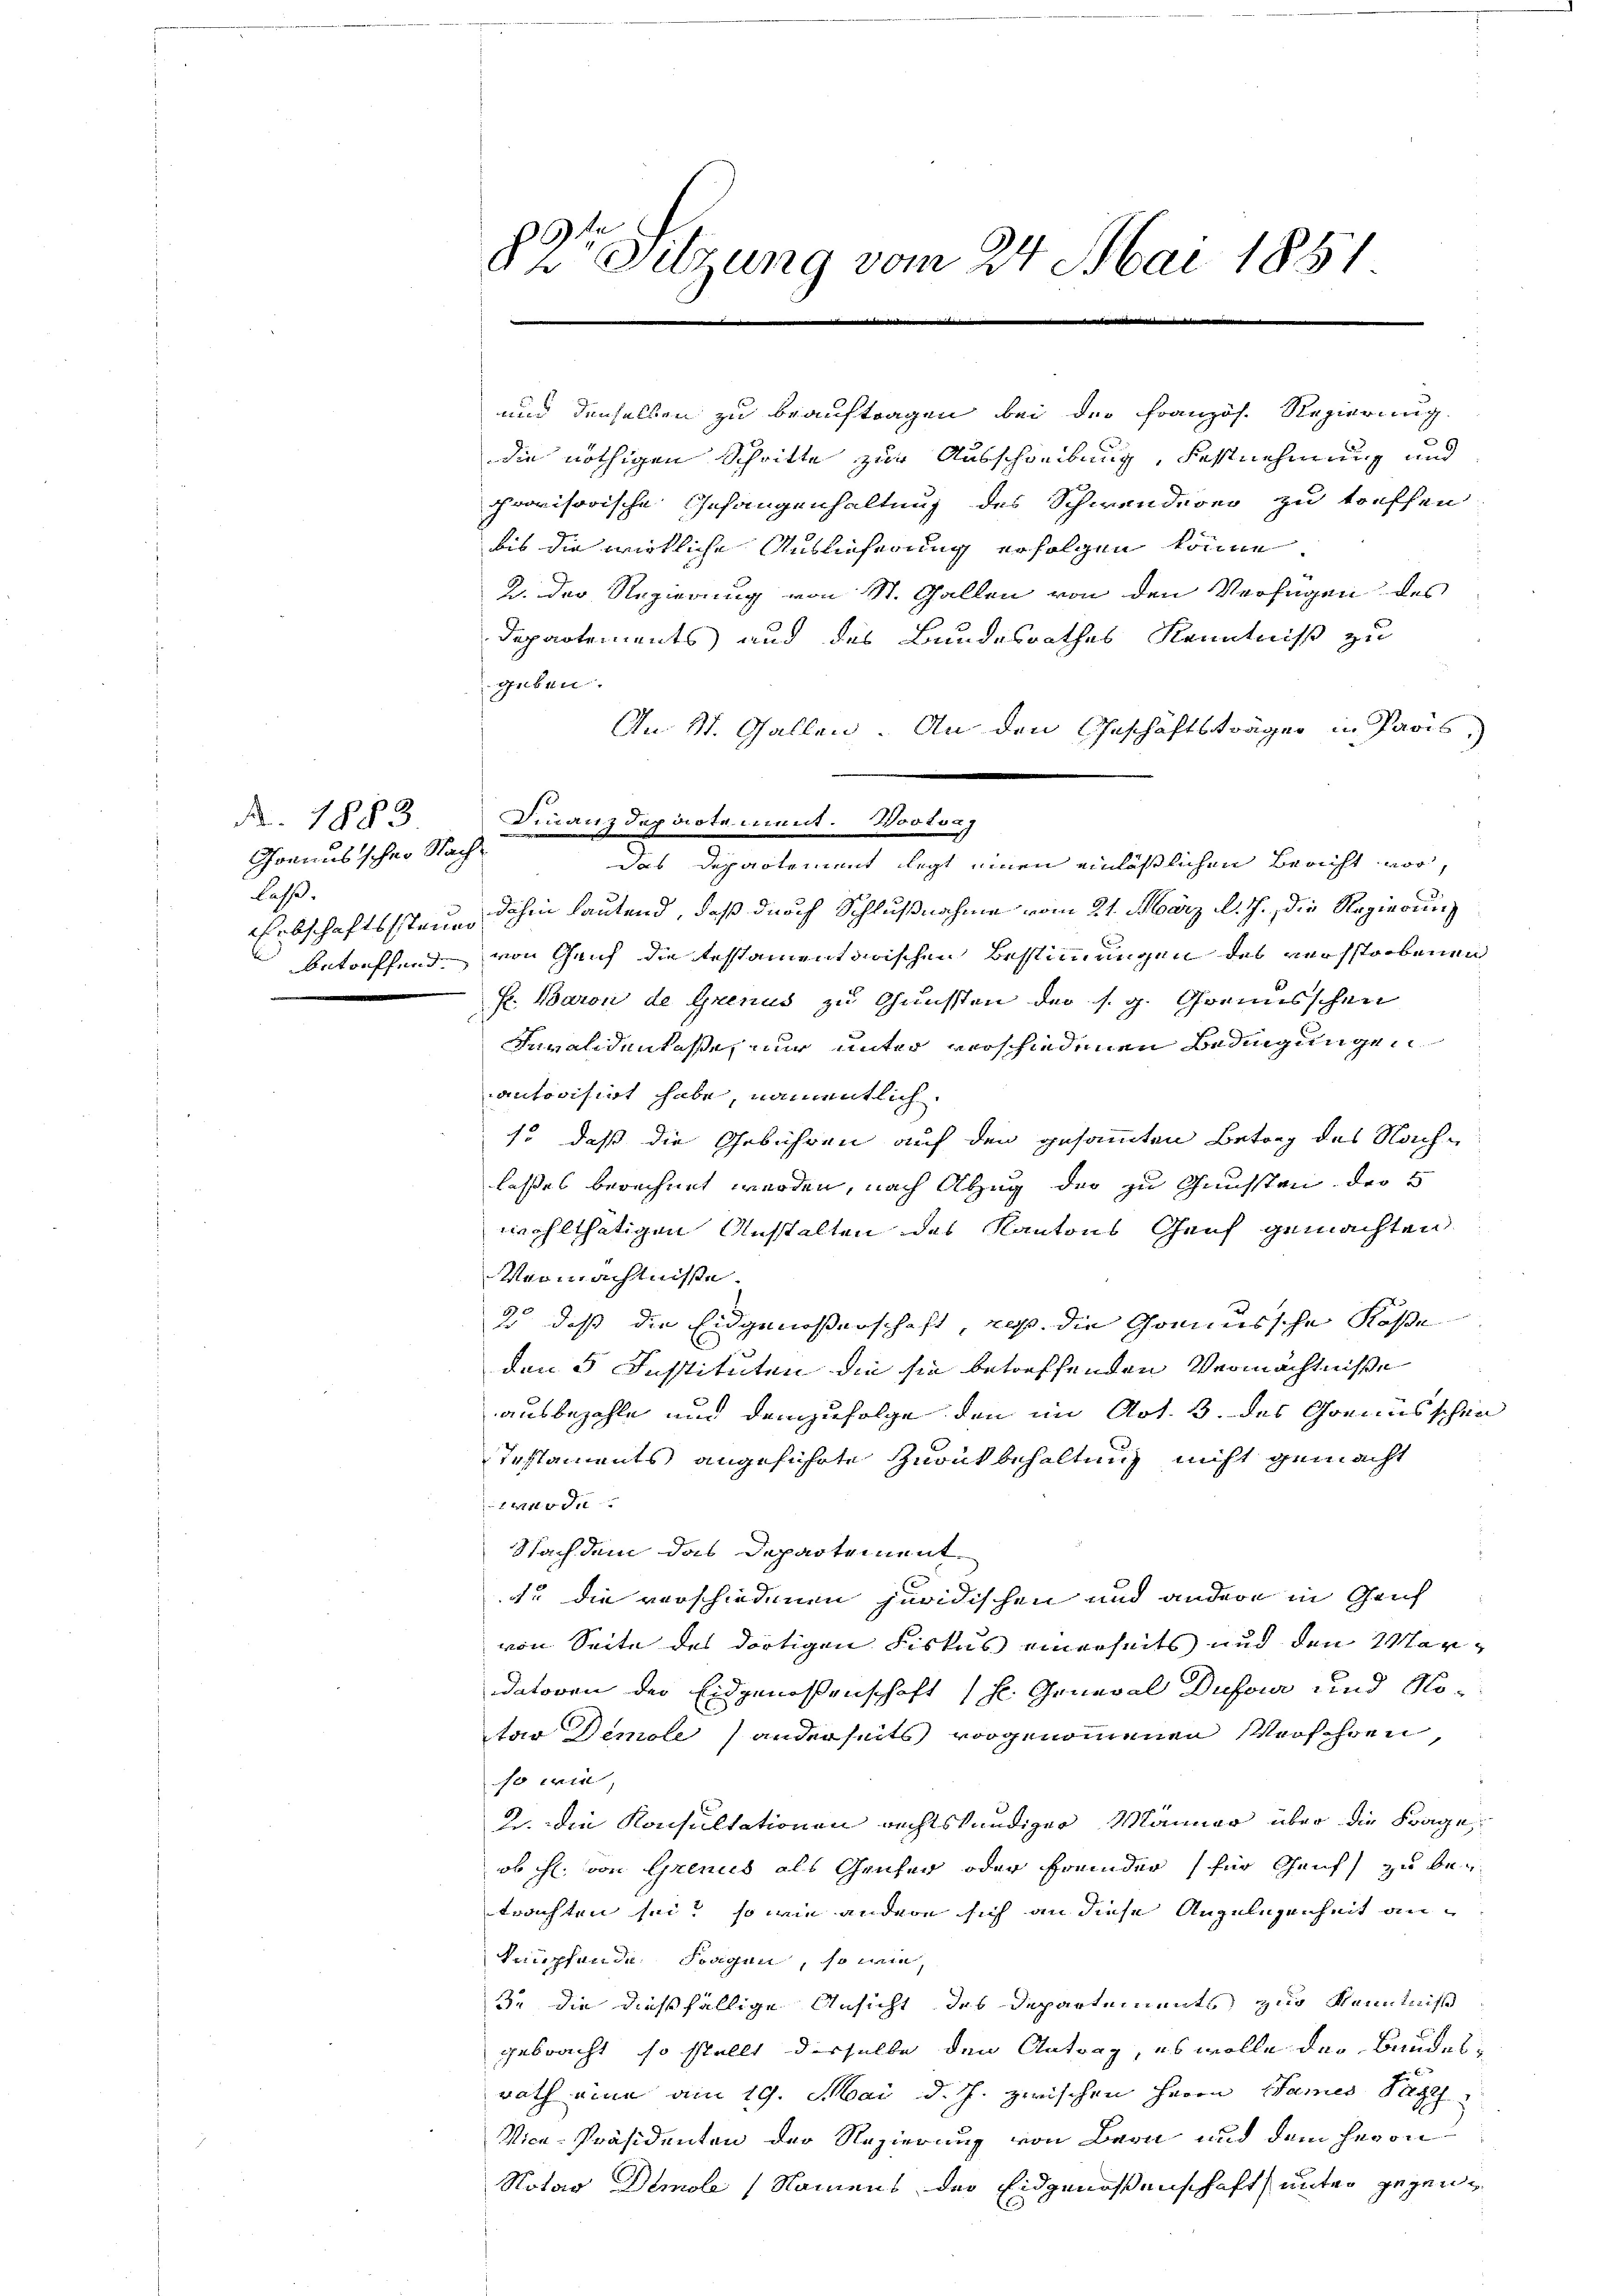
Nr. 1883
Chreiusschen Nachlaß.

89r Sitzung vom 24. Mai 1851

Finanzdepartement. Wortrag

2. der Regierung von St. Gallen von den Verfügen des
Departements und des Bundesrathes Kenntniß zu
geben.
An St. Gallen. An den Geschäftsträger in Paris
das Departement legt einen einläßlichen Bericht vor,
Erbschaftssteuer dahin lautend, daß durch Schlußnahme vom 21. März d. J. die Regierung
betreffend von Geich die testamentarischen Bestimmungen des verstorbenen
Fr. Baron de Grenus zu Gunsten der s. g. Genusschen
Invalidenlasse, nur unter verschiedenen Bedingungen
autorisirt habe, namentlich.
so daß die Gebühren auf den gesammten Betrag des Nachlasses berechnet werden, nach Abzug der zu Gunsten der 5
wohlthätigen Anstalten des Kantons Genf gemachten
Vermächtnisse.
2, daß die Eidgenoßenschaft, daß die Gomiussche Kose
den 3 Instituten die sie betreffenden Vermächtnisse
ausbezahle und demzufolge den im Art. 3. des Genusschen
Testaments angeführte Zurükbehaltung nicht gemacht
t
Nachdem das Departement
f. die verschiedenen juridischen und andere in Grif
von Seite des dortigen Fiskus einerseits und den Verdatoren der Eidgenossenschaft (s. General Dufour und Notar Demole) anderseits vorgenommenen Verfahren,
so ein
2. die Konsultationen rechtskundiger Männer über die Frage
ob hl. von Grenis als Geichen oder fremder für Genf zu betrachten sei? so wie andere sich an diese Angelegenheit antrupfende Fragen, so wie
3. die dießfällige Ansicht des Departements zur Kenntniß
gebracht, so stellt derselbe den Antrag, es wolle des Bundesrath eine am 19. Mai d. J. zwischen Herrn James Sach
Vice-Präsidenten der Regierung von Bern und dem Heron
Notar Demoli (Namens der Eidgenossenschaft unter gegen¬

und denselben zu beauftragen bei der Französ. Regierung.
die nöthigen Schritte zur Ausschreibung, Festnehmung und
provisorische Gefangenhaltung des Schwenderer zu treffen.
bis die wirkliche Auslieferung erfolgen könne.